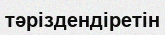
тәріздендіретін